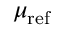
\mu _ { \mathrm { r e f } }